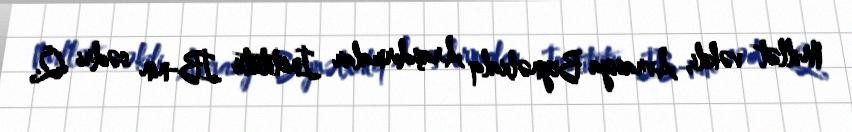
Millət vəkili, Avrasiya Beynəlxalq Araşdırmalar İnstitutu İB-nin sədri Q.